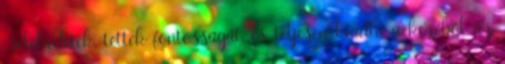
cselekedetek, tettek fontosságát, és teljesen kiadta a kezéből az